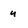
Character: u